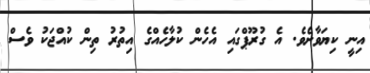
އިނީ ކިޔަވާށެވެ. އެ ގުރޫޕްގައި އެހެން ކުލާހެއްގެ އިތުރު ތިން ކުއްޖަކު ވެސް